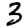
Digit: 3